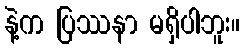
နဲ့က ပြဿနာ မရှိပါဘူး။